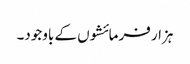
ہزار فرمائشوں کے باوجود۔